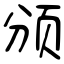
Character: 颁